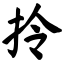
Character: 拎